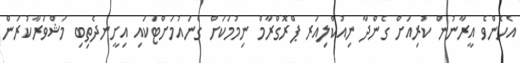
އެހެންވެ އީރާނުން ކުރިއަށް ގެންދާ ނިއުކްލިއަރ ޕްރޮގްރާމް ނިމުމަކަށް ގެނައުމަށްޓަކައި އިށީނދެތިބި މަޝްވަރާކުރަން